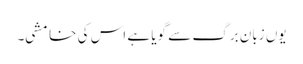
یوں زبانِ برگ سے گویا ہے اس کی خامشی۔